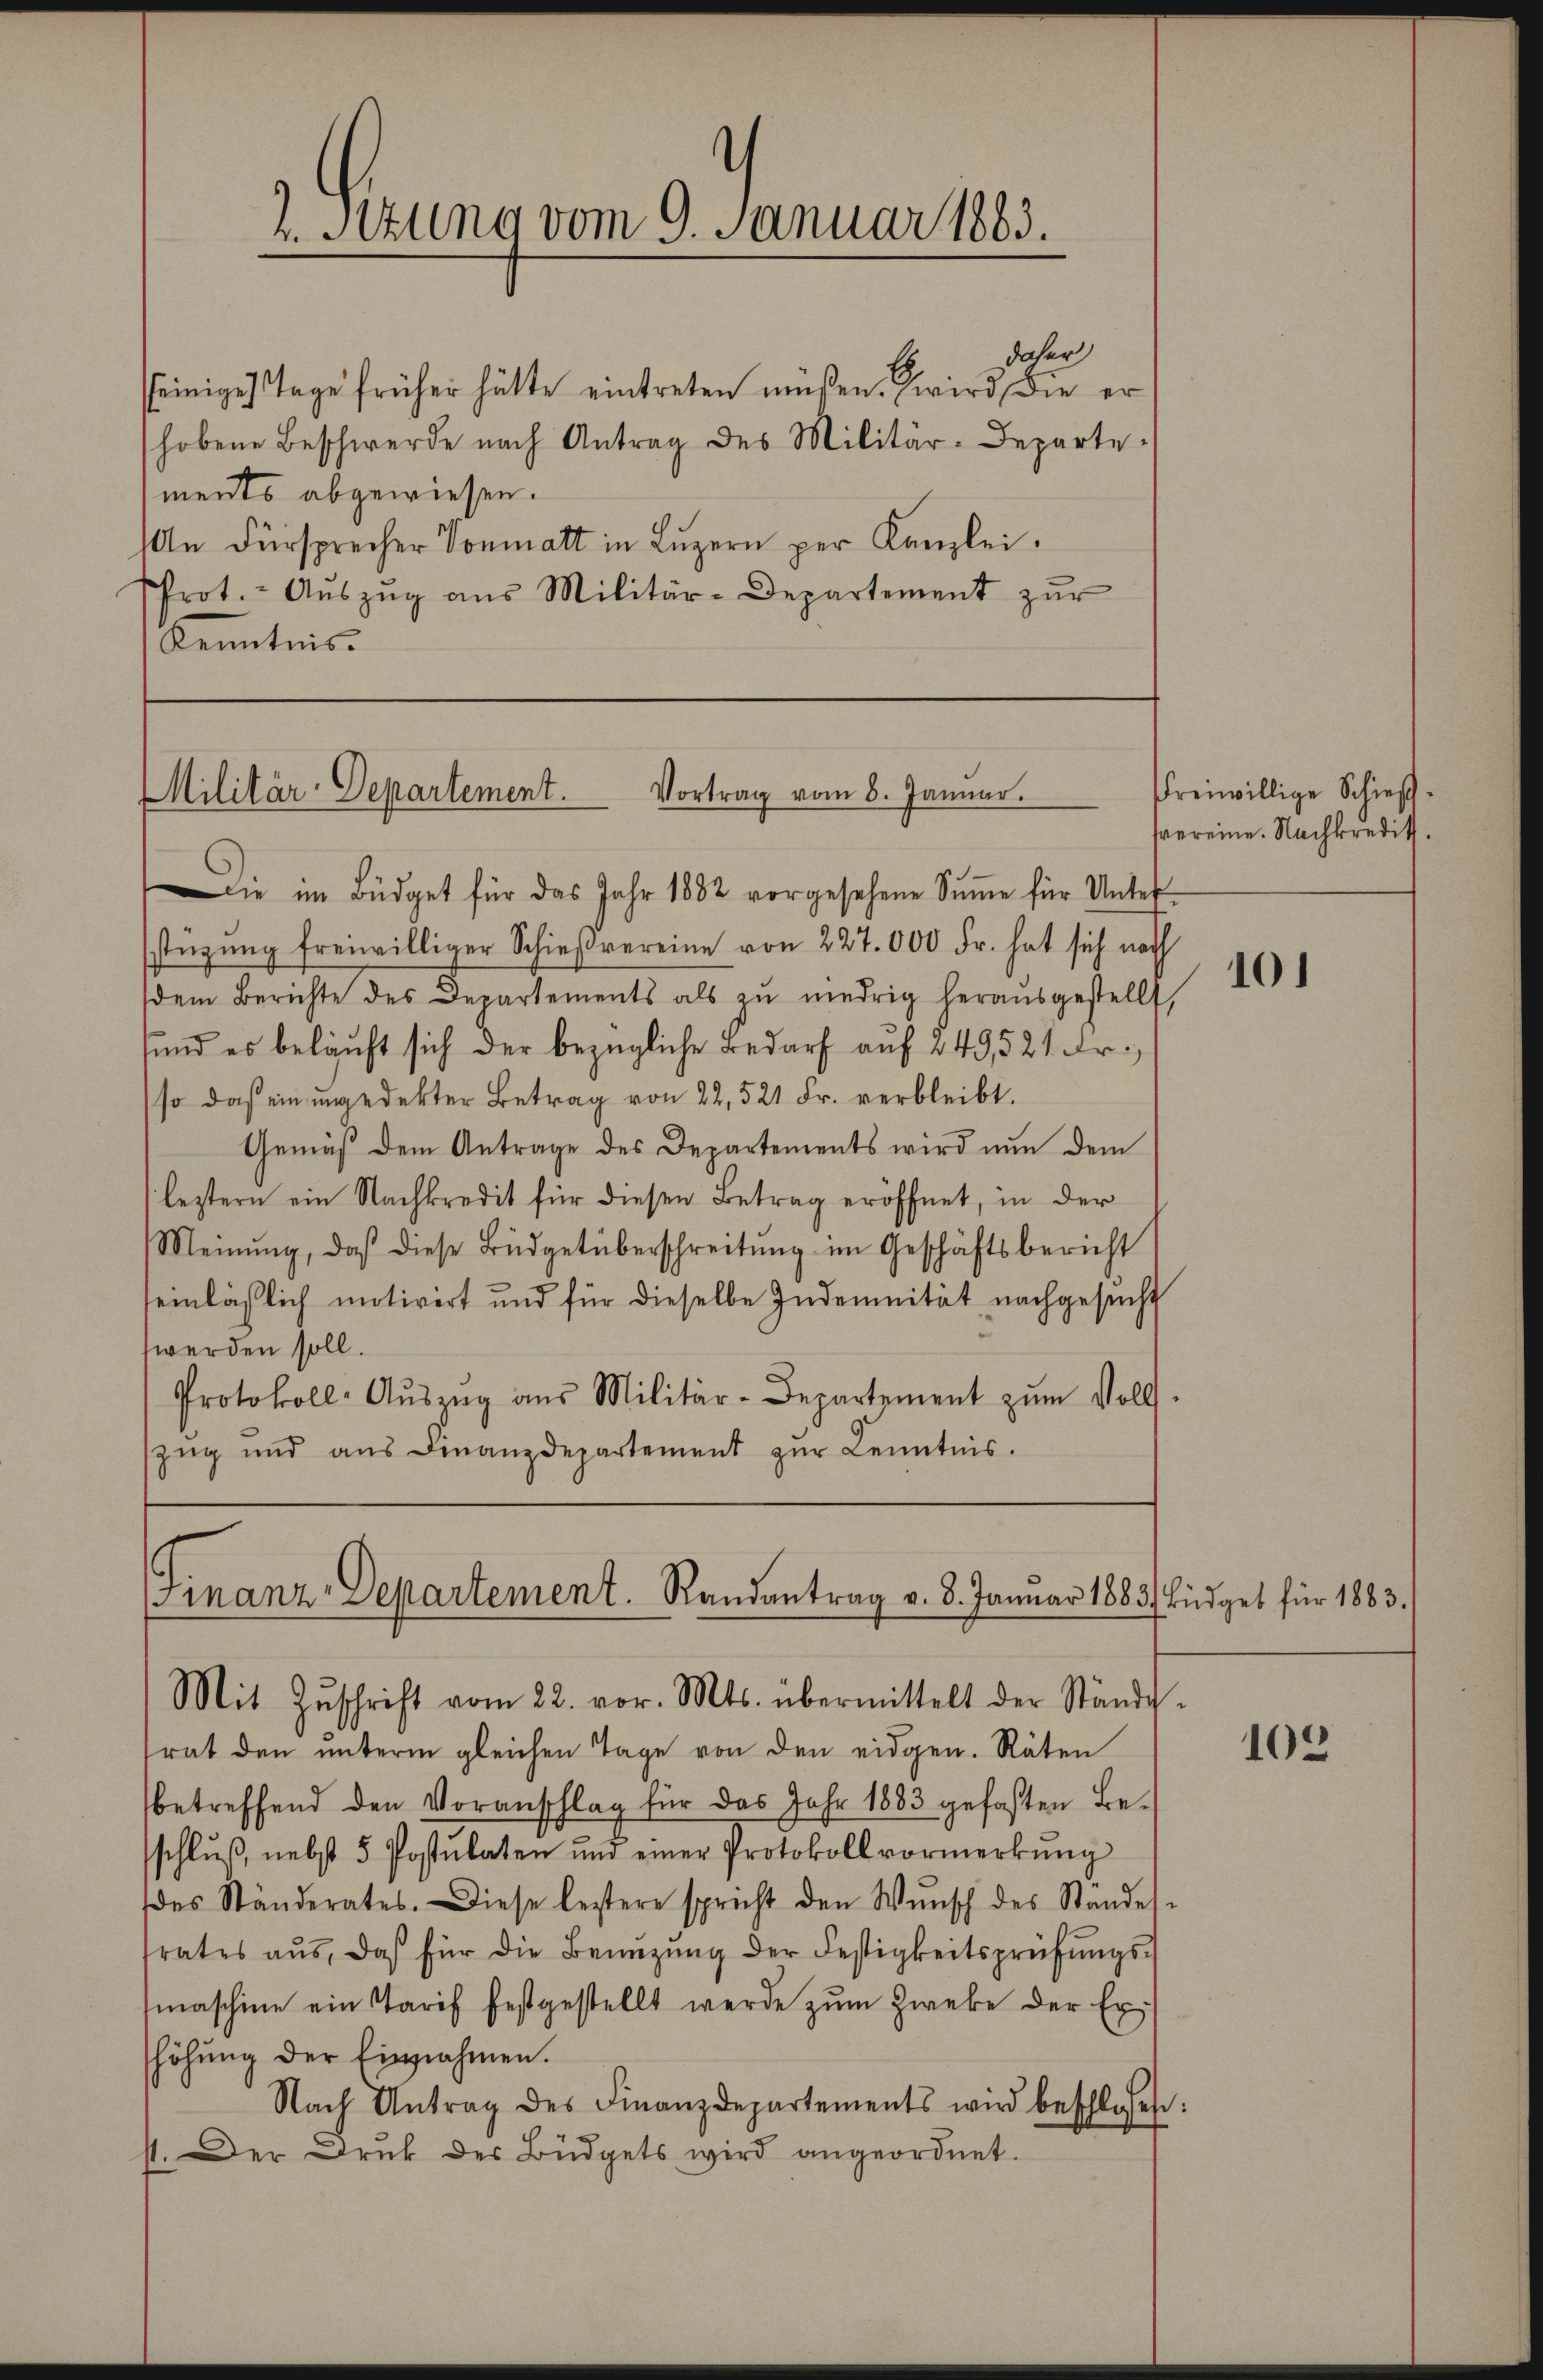
daher
seinige Tage früher hätte eintreten müßen. Zwird, die er
hobene Beschwerde nach Antrag des Militär-Departe
ments abgewiesen.
n Fürsprecher Vonmatt in Luzern per Kanzlei.
Prot. - Aŭszŭg aŭs Militär-Departement zŭr
Kenntnis.

ie im Büdget für das Jahr 1882 vorgesehene Sŭṁe für Unter-
stüzung freiwilliger Schießvereine von 227.000 Fr. hat sich nach
(dem Berichte des Departements als zŭ niedrig herausgestellt,
sund es beläuft sich der bezügliche Bedarf auf 249,521 Fr.
so daß ein ungedekter Betrag von 22, 521 Fr. verbleibt.
Gemäß dem Antrage des Departements wird nun dem
leztern ein Nachkredit für diesen Betrag eröffnet, in der
Meinŭng, daβ diese Büdgetüberschreitŭng im Geschäftsbericht
seinläßlich motivirt und für dieselbe Indemnität nachgesŭcht
werden soll.
Protokoll-Aŭszŭg aŭs Militär-Departement zŭm Volls-
zug und ans Finanzdepartement zŭr Kenntnis.

2. Setzung vom 9. Januar 1883.

Vortrag vom 8. Januar.
Militär-Departement.

Manz, Departement. Randantrag v. 8. Januar 1883. Büdget für 1883.
Mit Zŭschrift vom 22. vor. Mts. übermittelt der Ständi-

rat den unterm gleichen Tage von den eidgen. Räten
betreffend den Voranschlag für das Jahr 1883 gefaßten Beschlŭβ, nebst 5 Postulaten und einer Protokoll vormerkŭng
des Ständerates. Diese leztere spricht den Wŭnsch des Ständes-
srates aŭs, das für die Benüzŭng der Festigkeitsprüfŭngs-
maschine ein Tarif festgestellt werde zum Zweke der Exhöhung der Einnahmen.
Nach Antrag des Finanzdepartements wird beschlossen:
st. Der Druk des Büdgets wird angeordnet.

freiwillige Schießvereine. Nachkredit.

101

105